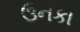
ઉનકા